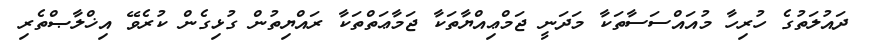
ދައުލަތުގެ ހުރިހާ މުއައްސަސާތަކާ މަދަނީ ޖަމްޢިއްޔާތަކާ ޖަމާޢަތްތަކާ ރައްޔިތުން ގުޅިގެން ކުރެވޭ އިޚްލާޞްތެރި